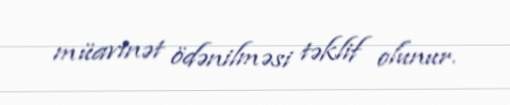
müavinət ödənilməsi təklif olunur.